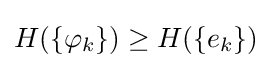
H(\{\varphi _{k}\})\geq H(\{e_{k}\})